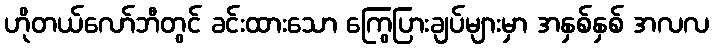
ဟိုတယ်လော်ဘီတွင် ခင်းထားသော ကြွေပြားချပ်များမှာ အနှစ်နှစ် အလလ